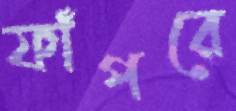
ফাঁপরে